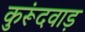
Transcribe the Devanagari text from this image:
कुरूंदवाड़